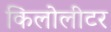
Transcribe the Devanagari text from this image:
किलोलीटर